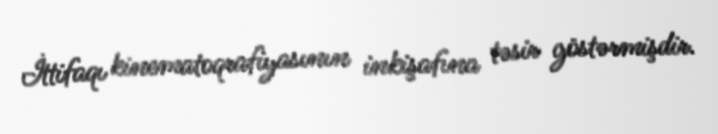
İttifaqı kinematoqrafiyasının inkişafına təsir göstərmişdir.